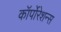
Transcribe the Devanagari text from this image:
कॉर्पोरेशन्‍स